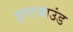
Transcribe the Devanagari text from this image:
इस्टबाउंड